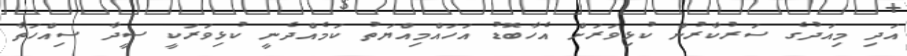
އަދި މިއަދުގެ ސަރުކާރުން ކުޅިވަރަށް އެހާބޮޑު އަހައްމިއްޔަތު ކަމެއްދެނީ ކުޅިވަރަކީ ސީދާ ސިއްހަތާ